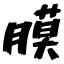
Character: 膜